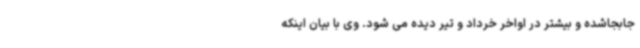
جابجاشده و بیشتر در اواخر خرداد و تیر دیده می شود. وی با بیان اینکه